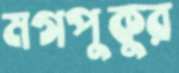
মগপুকুর